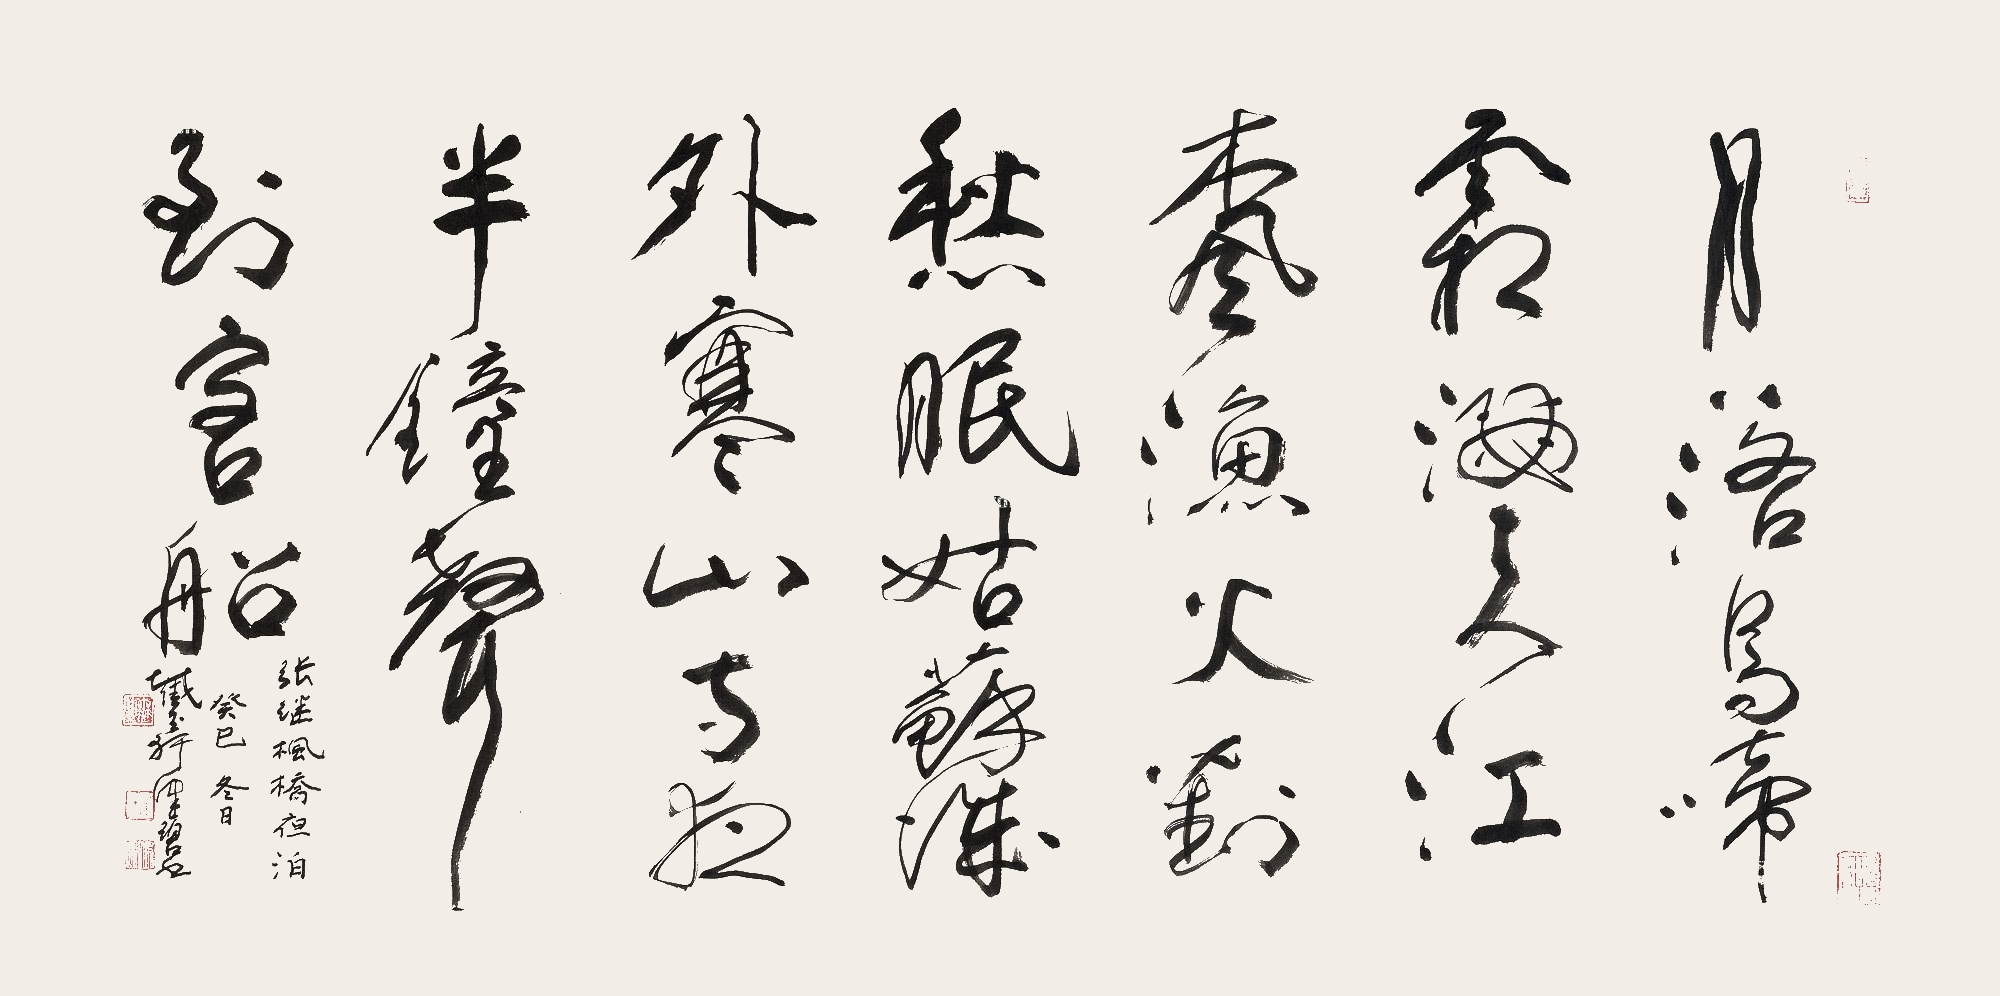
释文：月落乌啼霜满天，江枫渔火对愁眠。姑苏城外寒山寺，夜半钟声到客船。张继枫桥夜泊。癸巳冬日，截玉轩健碧。